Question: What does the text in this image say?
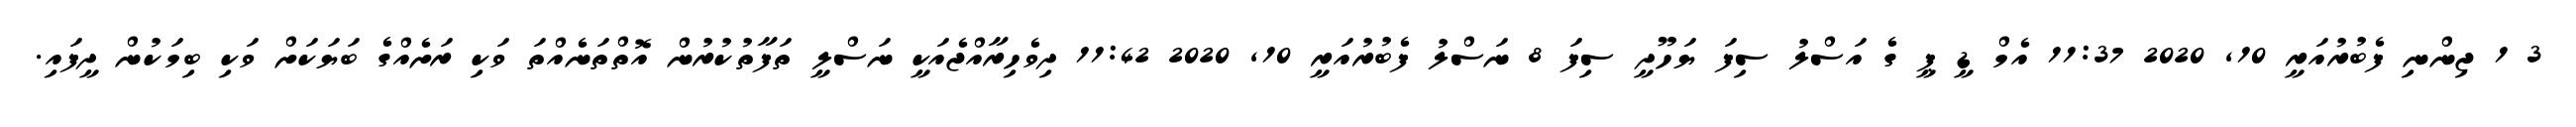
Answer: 3 1 ޖިންނި ފެބުރުއަރީ 10, 2020 11:37 އެމް ޑީ ޕީ ގެ އަސްލު ސިފަ ޔަހޫދީ ސިފަ 8 ނަސްލު ފެބުރުއަރީ 10, 2020 11:42 ދިވެހިރާއްޖެއަކީ ނަސްލީ ތަފާތުކުރުން އޮތްތަނެއްތަ ވަކި ރަށެއްގެ ބަޔަކަށް ވަކި ބިމަކުން ދީފައި.